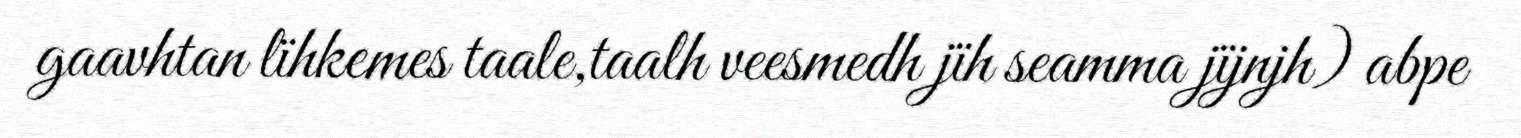
gaavhtan lïhkemes taale,taalh veesmedh jïh seamma jïjnjh) abpe